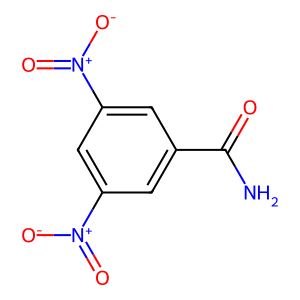
SMILES: NC(=O)c1cc([N+](=O)[O-])cc([N+](=O)[O-])c1
Inhibits HIV replication: No